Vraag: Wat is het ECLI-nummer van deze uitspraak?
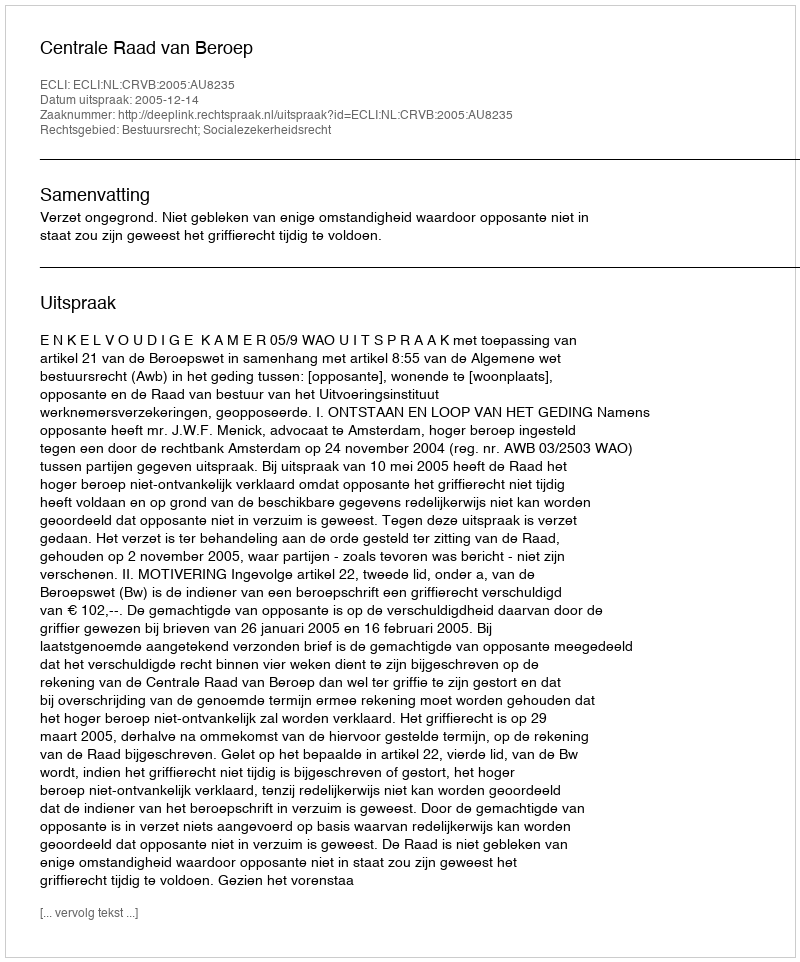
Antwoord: ECLI:NL:CRVB:2005:AU8235